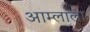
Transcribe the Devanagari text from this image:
आम्लाला